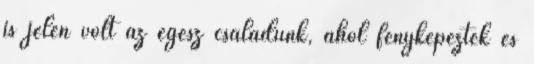
is jelen volt az egész családunk, ahol fényképeztek és